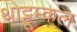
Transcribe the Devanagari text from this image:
थोट्टूम्कल